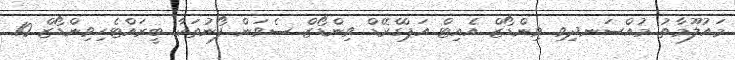
މައުލޫމާތު މުއްސަނދިވި ވިންޑޯޒް އެއިޓް އަޕްގްރޭޑް ވިންޑޯޒް ސެވަން ފޯނުތަކާ ބީރައްޓެހިވިންޑޯޒް 10